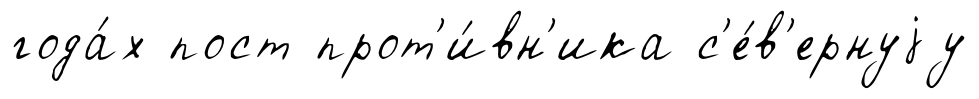
года́х пост прот'и́вн'ика с'е́в'ернуjу